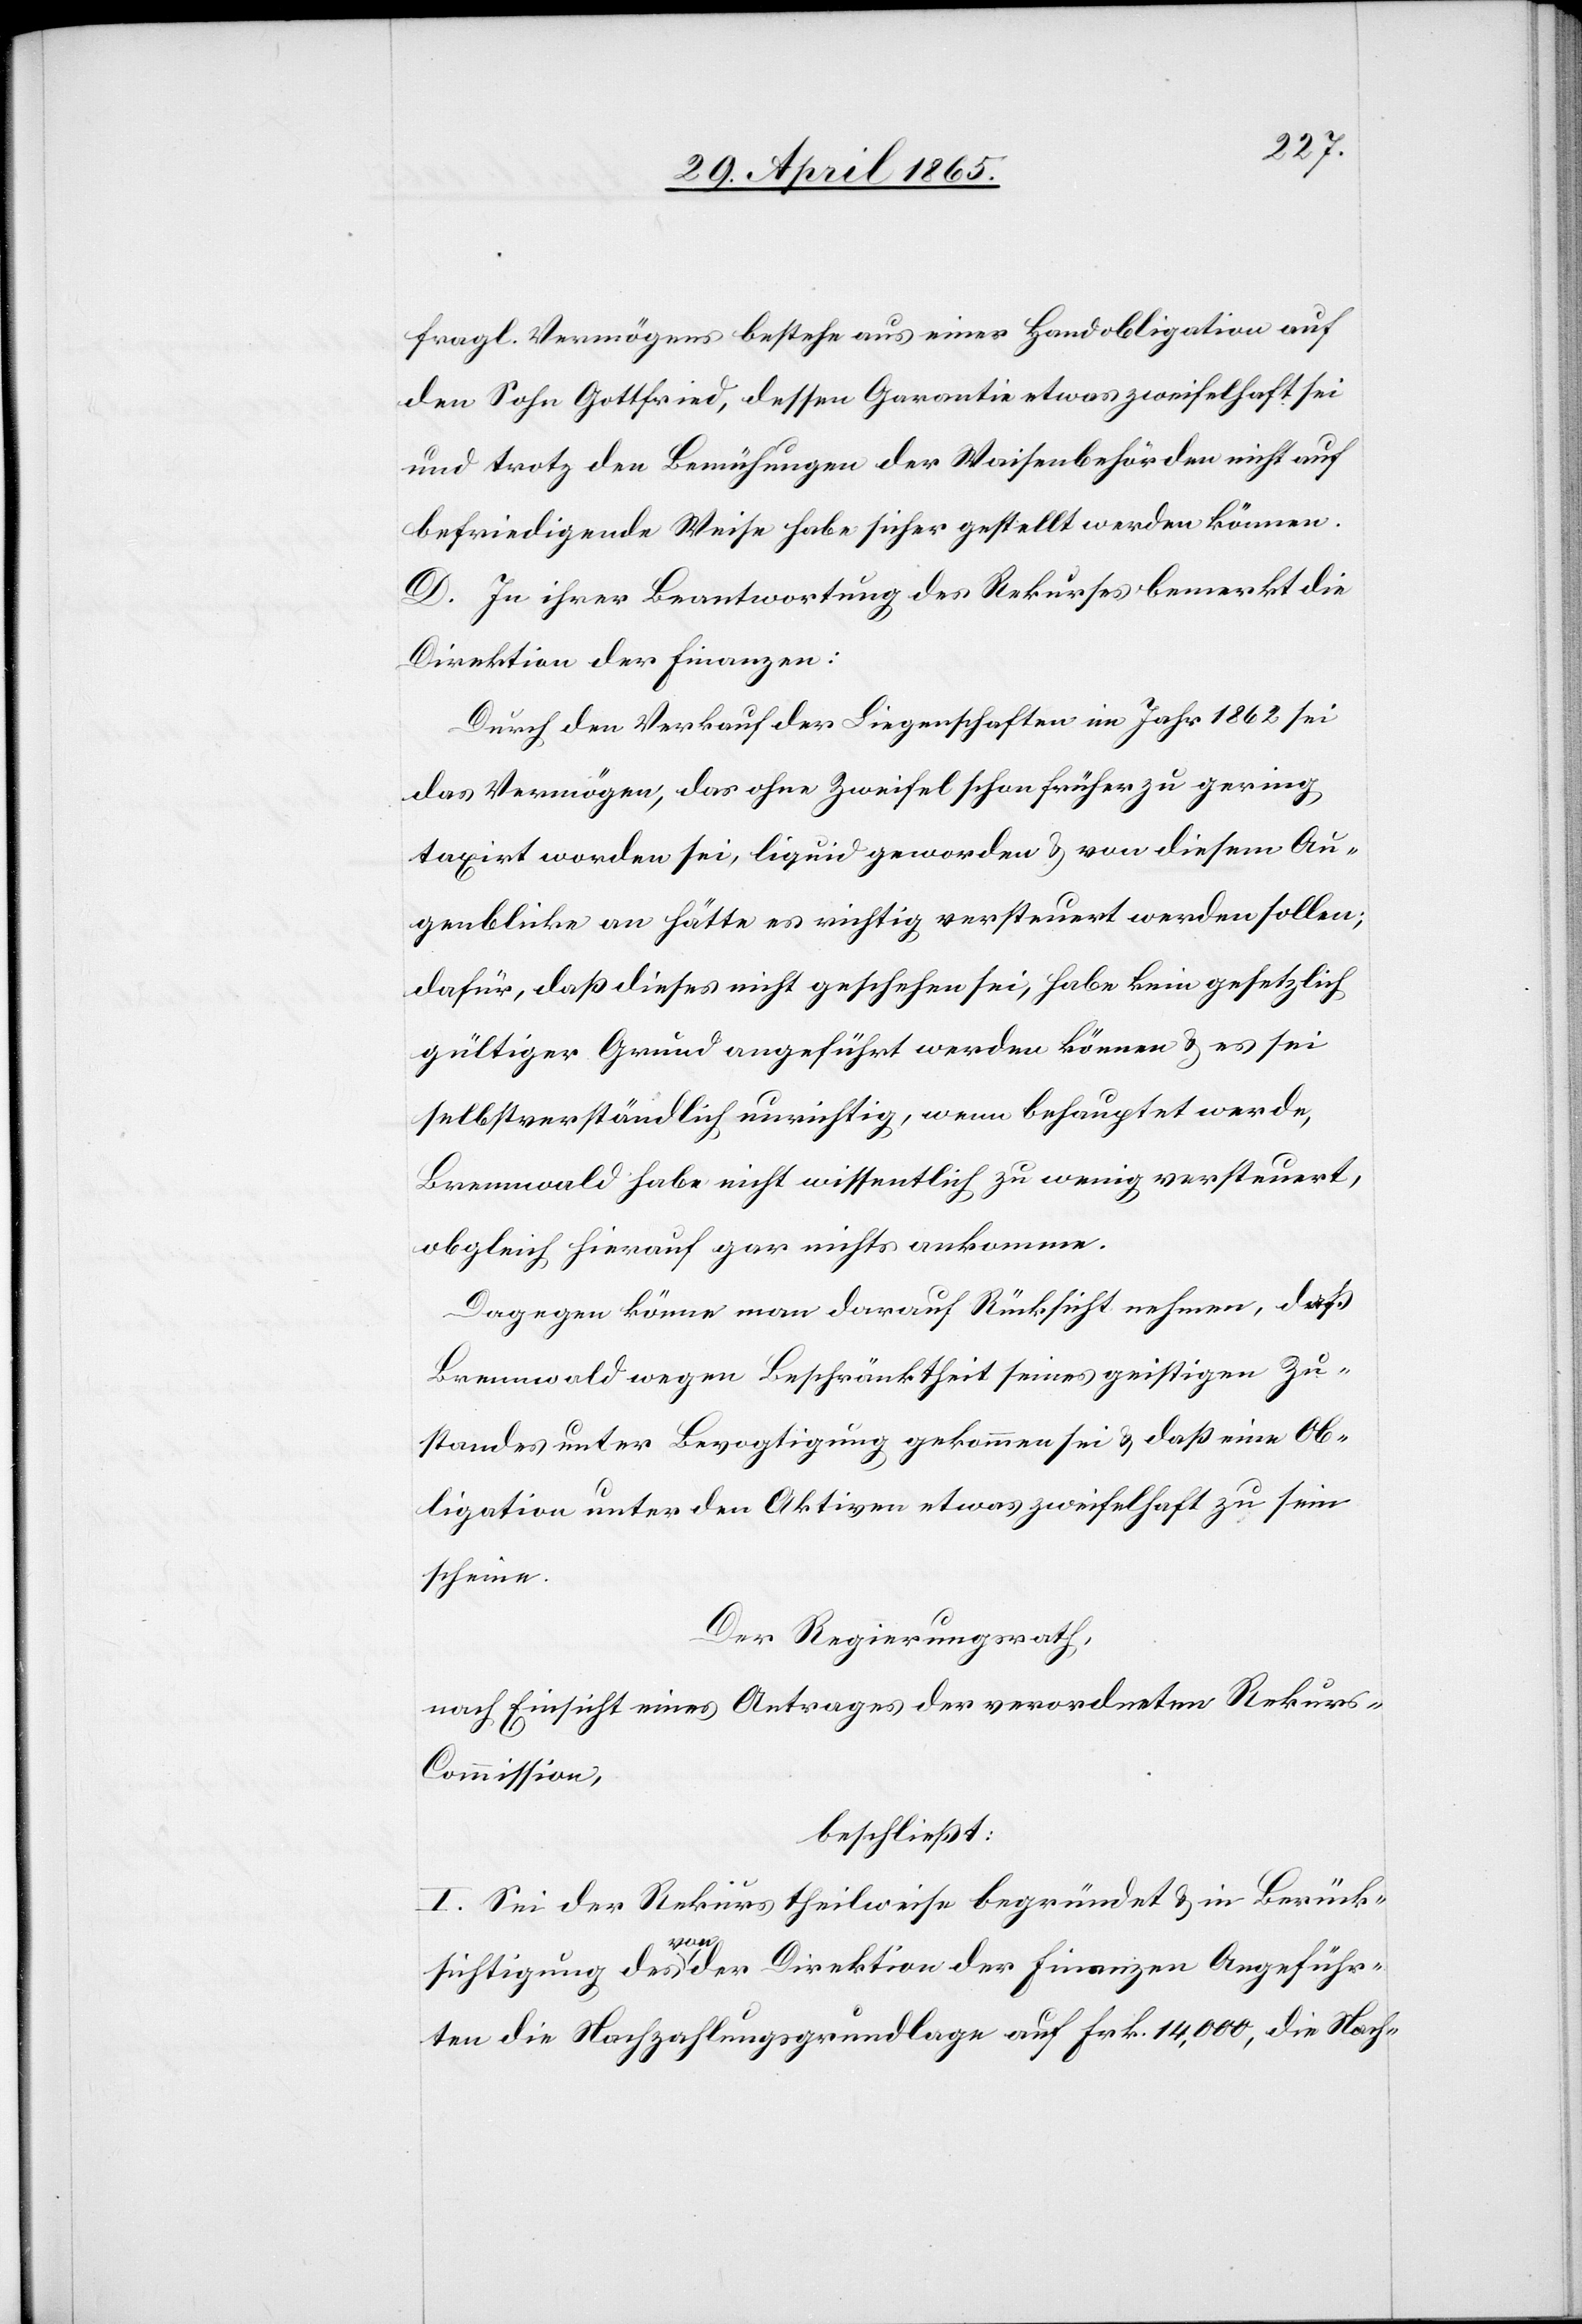
fragl. Vermögens bestehe aus einer Handobligation auf
den Sohn Gottfried, dessen Garantie etwas zweifelhaft sei
und trotz den Bemühungen der Waisenbehörden nicht auf
befriedigende Weise habe sicher gestellt werden können.
D. In ihrer Beantwortung des Rekurses bemerkt die
Direktion der Finanzen:
Durch den Verkauf der Liegenschaften im Jahr 1862 sei
das Vermögen, das ohne Zweifel schon früher zu gering
taxirt worden sei, liquid geworden & von diesem Au¬
genblicke an hätte es richtig versteuert werden sollen;
dafür, daß dieses nicht geschehen sei, habe kein gesetzlich
gültiger Grund angeführt werden können & es sei
selbstverständlich unrichtig, wenn behauptet werde,
Brennwald habe nicht wissentlich zu wenig versteuert,
obgleich hierauf gar nichts ankomme.
Dagegen könne man darauf Rücksicht nehmen, daß
Brennwald wegen Beschränktheit seines geistigen Zu¬
standes unter Bevogtigung gekommen sei & daß eine Ob¬
ligation unter den Aktiven etwas zweifelhaft zu sein
scheine.
Der Regierungsrath,
nach Einsicht eines Antrages der verordneten Rekur¬
s-Commission,
beschließt:
I. Sei der Rekurs theilweise begründet & in Berück¬
sichtigung des von der Direktion der Finanzen Angeführ¬
ten die Nachzahlungsgrundlage auf Frk. 14,000, die Nach-